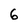
Character: 6